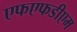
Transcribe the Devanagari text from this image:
एफएफडीएम